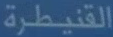
القنيطرة